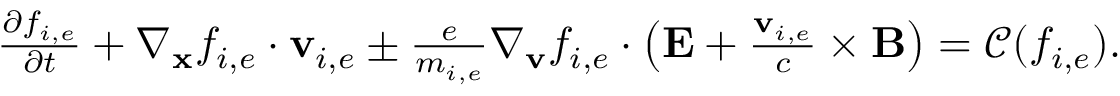
\begin{array} { r } { \frac { \partial f _ { i , e } } { \partial t } + \nabla _ { \mathbf { x } } f _ { i , e } \cdot \mathbf { v } _ { i , e } \pm \frac { e } { m _ { i , e } } \nabla _ { \mathbf { v } } f _ { i , e } \cdot \left( \mathbf { E } + \frac { \mathbf { v } _ { i , e } } { c } \times \mathbf { B } \right) = \mathscr { C } ( f _ { i , e } ) . } \end{array}